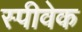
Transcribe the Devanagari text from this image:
स्पीवेक